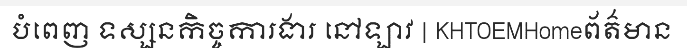
បំពេញ ទស្សនកិច្ចការងារ នៅឡាវ | KHTOEMHomeព័ត៌មាន